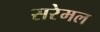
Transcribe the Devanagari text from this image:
सरेमल